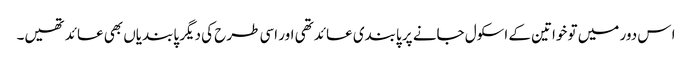
ا س دور میں تو خواتین کے اسکول جانے پر پابندی عائد تھی اور اسی طرح کی دیگر پابندیاں بھی عائد تھیں۔